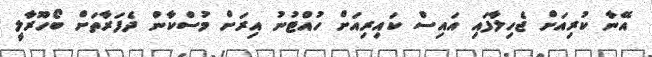
އޭނާ ކުރިއަށް ޖެހިލާފައި އައިސް ކައިރިއަށް ހުއްޓުނު އިރަށް މުސްކާން ދެފަރާތަށް ބޯހޫރާލީ